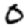
Digit: 0